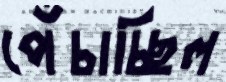
পেঁচাচ্ছিল